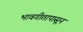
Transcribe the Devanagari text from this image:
भावगीतापासून